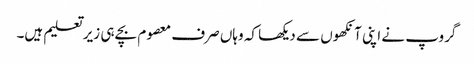
گروپ نے اپنی آنکھوں سے دیکھا کہ وہاں صرف معصوم بچے ہی زیر تعلیم ہیں۔